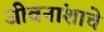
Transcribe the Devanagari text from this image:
जीवनांशाचे